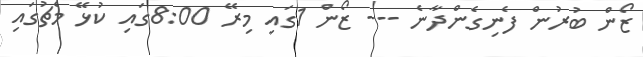
ޒޯން ބުރުން ފެނިގެންދާނެ --- ޒޯން 1ގައި މިރޭ 8:00ގައި ކުޅޭ މެޗުގައި